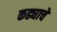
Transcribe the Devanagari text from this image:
कढ्याचे